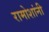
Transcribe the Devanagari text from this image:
रामोशांनी